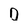
Character: O